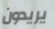
يريدون